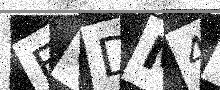
Text: F0DM4I